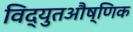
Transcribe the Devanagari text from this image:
विद्युतऔष्णिक